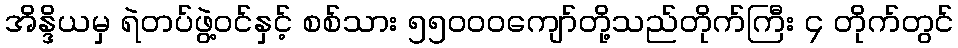
အိန္ဒိယမှ ရဲတပ်ဖွဲ့ဝင်နှင့် စစ်သား ၅၅၀၀၀ကျော်တို့သည်တိုက်ကြီး ၄ တိုက်တွင်